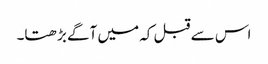
اس سے قبل کہ میں آگے بڑھتا۔